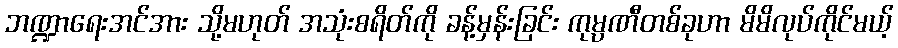
ဘဏ္ဍာရေးအင်အား သို့မဟုတ် အသုံးစရိတ်ကို ခန့်မှန်းခြင်း ကုမ္ပဏီတစ်ခုဟာ မိမိလုပ်ကိုင်မယ့်